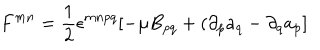
F ^ { m n } = \frac { 1 } { 2 } \epsilon ^ { m n p q } [ - \mu B _ { p q } + ( \partial _ { p } a _ { q } - \partial _ { q } a _ { p } ]